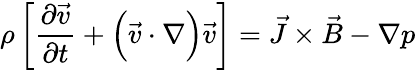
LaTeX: \rho\left[\frac{\partial\vec{v}}{\partial t}+\Big(\vec{v}\cdot\nabla\Big)\vec{v}\right]=\vec{J}\times\vec{B}-\nabla p